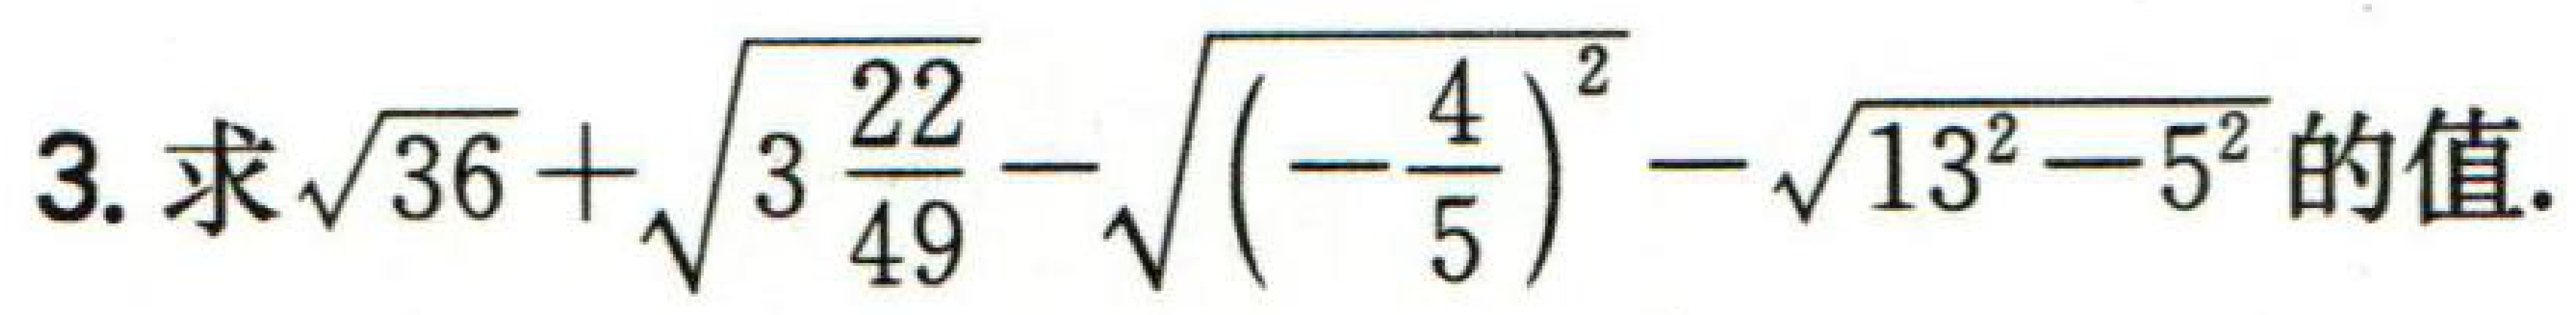
3. 求\(\sqrt{36}+\sqrt{3\frac{22}{49}}-\sqrt{\left(-\frac{4}{5}\right)^{2}}-\sqrt{13^{2}-5^{2}}\)的值.